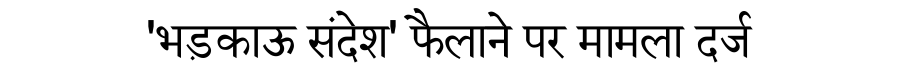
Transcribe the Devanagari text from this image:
'भड़काऊ संदेश' फैलाने पर मामला दर्ज